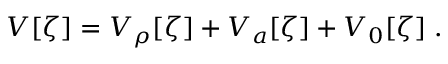
V [ \zeta ] = V _ { \rho } [ \zeta ] + V _ { a } [ \zeta ] + V _ { 0 } [ \zeta ] \; .